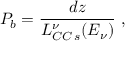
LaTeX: P _ { b } = \frac { d z } { L _ { C C \, s } ^ { \nu } ( E _ { \nu } ) } \ ,